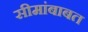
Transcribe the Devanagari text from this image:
सीमांबाबत